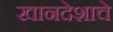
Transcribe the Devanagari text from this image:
खानदेशाचे